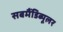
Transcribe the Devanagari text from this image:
सबमैंडिब्यूलर